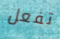
تفعل